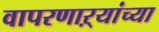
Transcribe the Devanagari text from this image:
वापरणाऱ्यांच्या